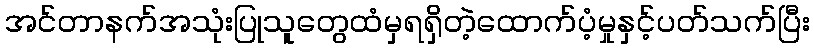
အင်တာနက်အသုံးပြုသူတွေထံမှရရှိတဲ့ထောက်ပံ့မှုနှင့်ပတ်သက်ပြီး